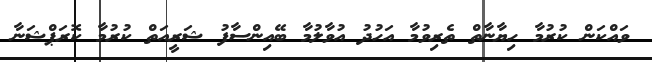
ވައްކަން ކުރުމާ ހިޔާނާތް ތެރިވުމާ އަހުދު އުވާލުމާ ބޭއިންސާފު ޝަރީއަތް ކުރުމާ ކޮރަޕްޝަނާ